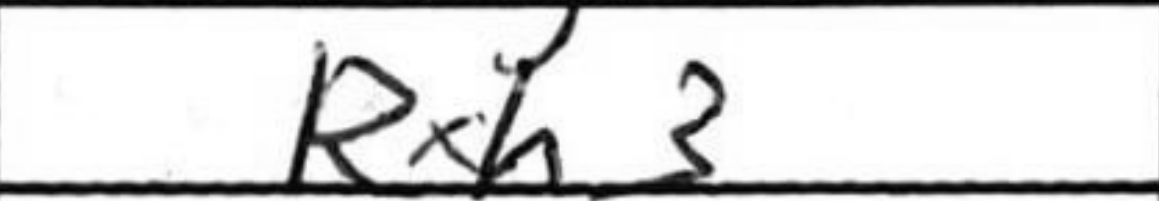
Transcription: Rxh3